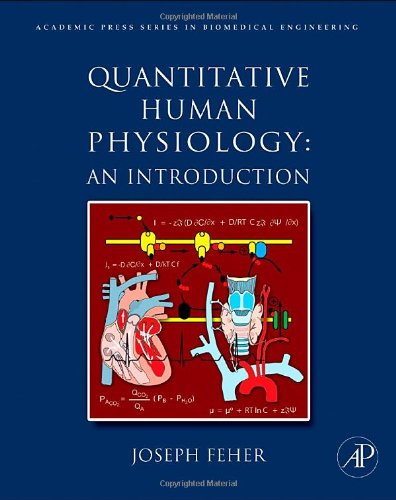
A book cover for Quantitative Human Physiology: An Introduction (Academic Press Series in Biomedical Engineering); Joseph J Feher; Medical Books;